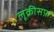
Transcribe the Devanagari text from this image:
लूक्रीसफ़